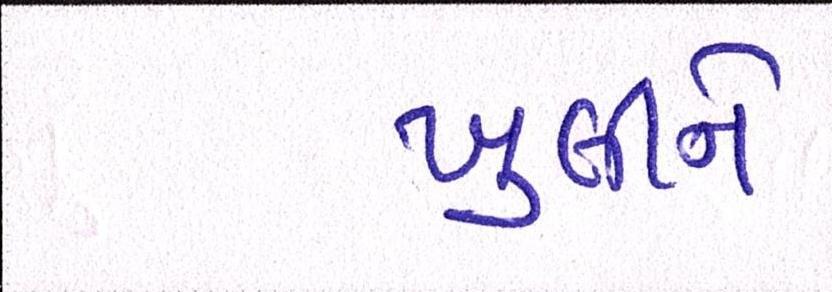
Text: ખુલીને